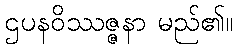
ဌပနဝိဿဇ္ဇနာ မည်၏။